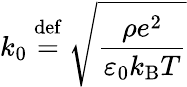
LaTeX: k_{0}\ {\stackrel{\mathrm{def}}{=}}\ {\sqrt{\frac{\rho e^{2}}{\varepsilon_{0}k_{\mathrm{B}}T}}}